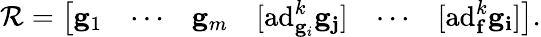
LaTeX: \mathcal{R}={\left[\begin{array}{llllll}{\mathbf{g}_{1}}&{\cdots}&{\mathbf{g}_{m}}&{[\mathrm{ad}_{\mathbf{g}_{i}}^{k}\mathbf{\mathbf{g}_{j}}]}&{\cdots}&{[\mathrm{ad}_{\mathbf{f}}^{k}\mathbf{\mathbf{g}_{i}}]}\end{array}\right]}.